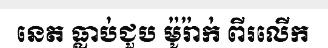
នេត ធ្លាប់ជួប ម៉ូរ៉ាក់ ពីរលើក